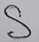
Text: S